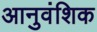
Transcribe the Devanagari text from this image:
आनुवंशिक